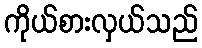
ကိုယ်စားလှယ်သည်